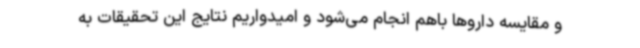
و مقایسه داروها باهم انجام می‌شود و امیدواریم نتایج این تحقیقات به